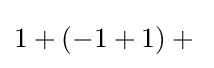
1+(-1+1)+{}